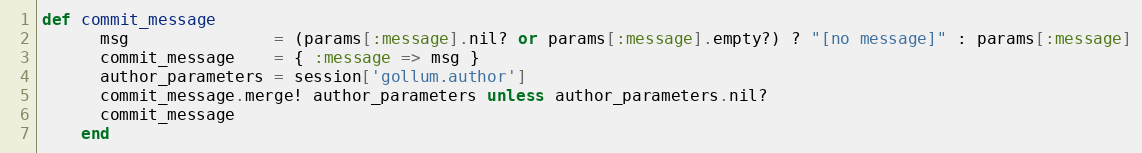
Language: Ruby
def commit_message
      msg               = (params[:message].nil? or params[:message].empty?) ? "[no message]" : params[:message]
      commit_message    = { :message => msg }
      author_parameters = session['gollum.author']
      commit_message.merge! author_parameters unless author_parameters.nil?
      commit_message
    end